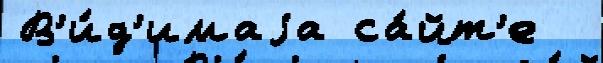
В'и́д'имаjа са́йт'е